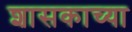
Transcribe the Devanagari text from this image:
शासकाच्या